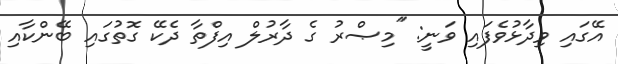
އޭގައި ވިދާޅުވެފައި ވަނީ: ''މިޞްރު ގެ ދާރުލް އިފްތާ ދެކޭ ގޮތުގައި ބޭންކާއި